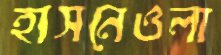
হাসনেওলা